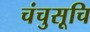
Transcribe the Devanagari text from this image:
चंचुसूचि